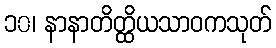
၁၀၊ နာနာတိတ္ထိယသာဝကသုတ်